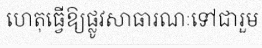
ហេតុធ្វើឱ្យផ្លូវសាធារណៈទៅជារួម